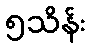
၅သိန်း